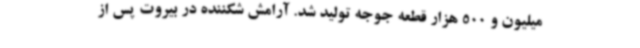
میلیون و 500 هزار قطعه جوجه‌ تولید شد. آرامش شکننده در بیروت پس از